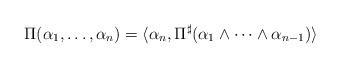
LaTeX: \begin{align*}\Pi (\alpha_1,\ldots, \alpha_n) = \langle \alpha_n, \Pi^{\sharp}(\alpha_1 \wedge \cdots \wedge \alpha_{n-1})\rangle\end{align*}